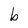
Character: b